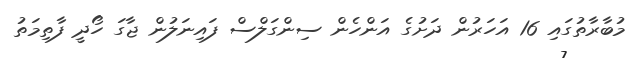
މުބާރާތުގައި 16 އަހަރުން ދަށުގެ އަންހެން ސިންގަލްސް ފައިނަލުން ޖާގަ ހޯދީ ފާތިމަތު